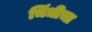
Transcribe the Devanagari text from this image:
चिंधीचा